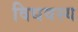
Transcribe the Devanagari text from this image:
विधवस्य